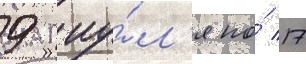
9 иу́л'я по́ 17